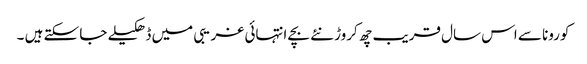
کورونا سے اس سال قریب چھ کروڑ نئے بچے انتہائی غریبی میں ڈھکیلے جا سکتے ہیں ۔